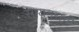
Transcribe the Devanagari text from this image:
सायनसची